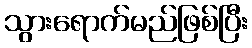
သွားရောက်မည်ဖြစ်ပြီး